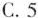
C.5